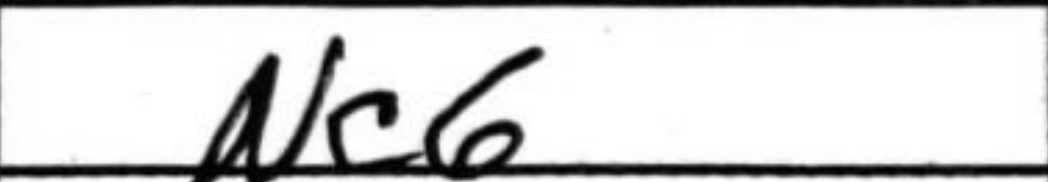
Transcription: Nc6